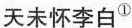
天未怀李白^{①}